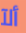
ألآ